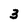
Character: 3